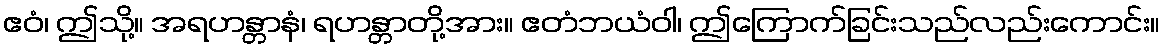
ဧဝံ၊ ဤသို့။ အရဟန္တာနံ၊ ရဟန္တာတို့အား။ ဧတံဘယံဝါ၊ ဤကြောက်ခြင်းသည်လည်းကောင်း။